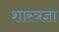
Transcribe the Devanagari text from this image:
शास्त्रज्ञा